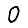
Digit: 0